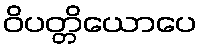
ဝိပတ္တိယောပေ